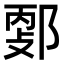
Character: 𨜦